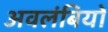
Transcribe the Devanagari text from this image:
अवलंबियों